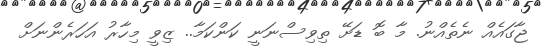
ޖާގައެއް ނެތެއްނު. މާ ބޮ ޑަށޭ ތިވިސްނަނީ ކަންކަމާ.. ޒިވީ މިހާރު އަހަރެންނަށް